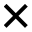
\times